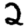
Digit: 2